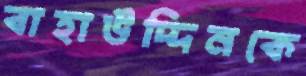
বাহাউদ্দিনকে